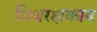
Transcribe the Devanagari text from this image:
विश्वरक्षकाय